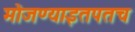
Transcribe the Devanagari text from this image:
मोजण्याइतपतच